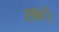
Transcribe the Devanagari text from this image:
साऌ